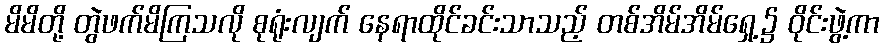
မိမိတို့ တွဲဖက်မိကြသလို စုရုံးလျက် နေရာထိုင်ခင်းသာသည့် တစ်အိမ်အိမ်ရှေ့၌ ဝိုင်းဖွဲ့ကာ